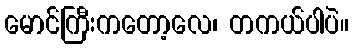
မောင်ကြီးကတော့လေ၊ တကယ်ပါပဲ။